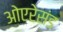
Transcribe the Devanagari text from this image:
ओएरेसंड